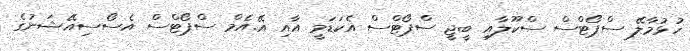
ހުޅުމާލޭ ސްޕޯޓްސް ސްކޫލާއި ބީޖީ ސްޕޯޓްސް އެކަޑަމީ އާއި އޭ.އެމް ސްޕޯޓްސް އެސޯސިއޭޝަނުގެ